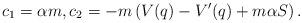
LaTeX: \begin{align*} c_1=\alpha m,c_2=-m\left(V(q)-V'(q)+m\alpha S\right).\end{align*}